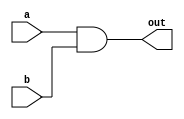
module and_gate (
    input wire a,
    input wire b,
    output reg out
);

always @(*) begin
    out = a & b;
end

endmodule